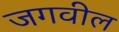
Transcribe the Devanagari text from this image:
जगवील